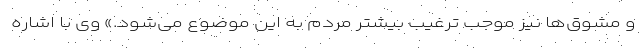
و مشوق‌ها نیز موجب ترغیب بیشتر مردم به این موضوع می‌شود.» وی با اشاره